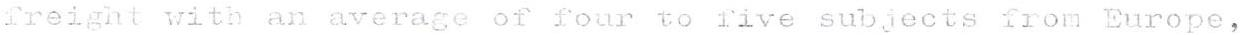
Treight with an average of four to five subjects from Europe,